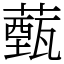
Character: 薽